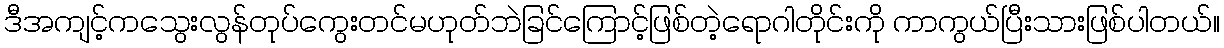
ဒီအကျင့်ကသွေးလွန်တုပ်ကွေးတင်မဟုတ်ဘဲခြင်ကြောင့်ဖြစ်တဲ့ရောဂါတိုင်းကို ကာကွယ်ပြီးသားဖြစ်ပါတယ်။